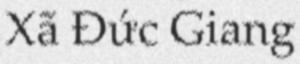
Xã Đức Giang